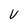
Character: V